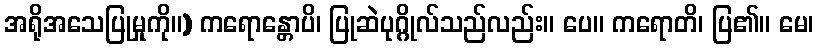
အရိုအသေပြုမှုကို။) ကရောန္တောပိ၊ ပြုဆဲပုဂ္ဂိုလ်သည်လည်း။ ပေ။ ကရောတိ၊ ပြ၏။ မေ၊